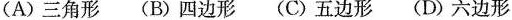
(A)三角形 (B)四边形 (C)五边形 (D)六边形